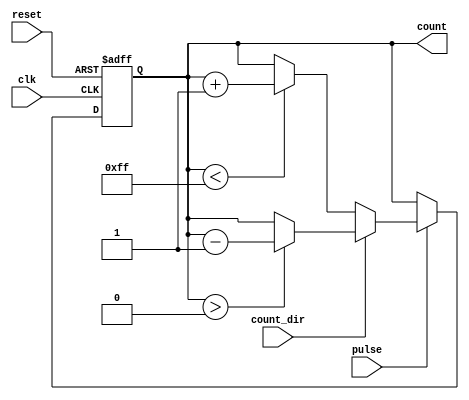
module pulse_counter #(
    parameter N = 8 // Parameter for the bit-width of the counter
)(
    input wire clk,            // Clock signal
    input wire reset,          // Asynchronous active-high reset
    input wire pulse,          // Input pulse signal
    input wire count_dir,      // Control signal for counting direction (0 = up, 1 = down)
    output reg [N-1:0] count   // N-bit output for the current count value
);

// Asynchronous reset
always @(posedge clk or posedge reset) begin
    if (reset) begin
        count <= 0; // Reset the counter to zero
    end else if (pulse) begin
        // Count up or down based on count_dir
        if (count_dir == 1'b0) begin
            // Count up
            if (count < (1 << N) - 1) begin // Check for maximum value
                count <= count + 1;
            end
        end else begin
            // Count down
            if (count > 0) begin // Ensure it does not go below zero
                count <= count - 1;
            end
        end
    end
end

endmodule